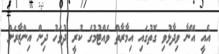
އެއީ އޭނާ ވިދާޅުވި ގޮތުގައި އިމާރާތް ވެއްޓުމުގެ ކުރީ ދުވަހު ދިން އިންޒާރަށް